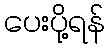
ပေးပို့ရန်